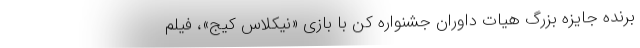
برنده جایزه بزرگ هیات داوران جشنواره کن با بازی «نیکلاس کیج»، فیلم